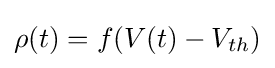
\rho (t)=f(V(t)-V_{th})